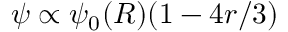
\psi \propto \psi _ { 0 } ( R ) ( 1 - 4 r / 3 )